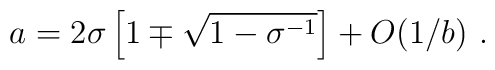
{{a}} = 2 \sigma\left[ 1 \mp \sqrt{1 - \sigma^{-1}} \right] + O(1/{{b}})\ .